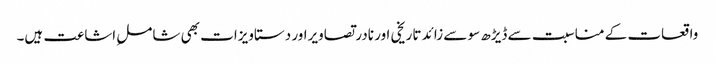
واقعات کے مناسبت سے ڈیڑھ سو سے زائد تاریخی اور نادر تصاویراور دستاویزات بھی شاملِ اشاعت ہیں۔